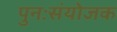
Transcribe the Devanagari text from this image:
पुनःसंयोजक